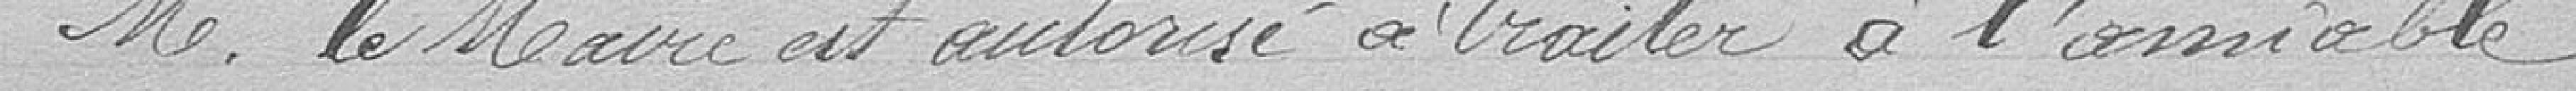
Monsieur le Maire est autorisé à traiter à l'amiable